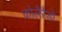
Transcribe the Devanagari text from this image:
कोलैरैडो